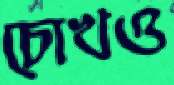
চোখও